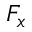
F _ { x }